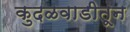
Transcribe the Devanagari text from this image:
कुदळवाडीतून